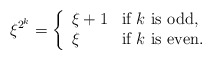
\begin{align*}\xi^{2^k} = \left\{\begin{array}{ll}\xi + 1 & \textrm{if $k$ is odd,}\\\xi & \textrm{if $k$ is even}.\end{array}\right.\end{align*}